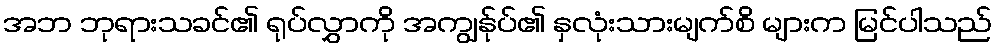
အဘ ဘုရားသခင်၏ ရုပ်လွှာကို အကျွန်ုပ်၏ နှလုံးသားမျက်စိ များက မြင်ပါသည်